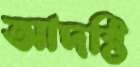
আদষ্টি